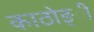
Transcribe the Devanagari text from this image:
काठोङ्ी